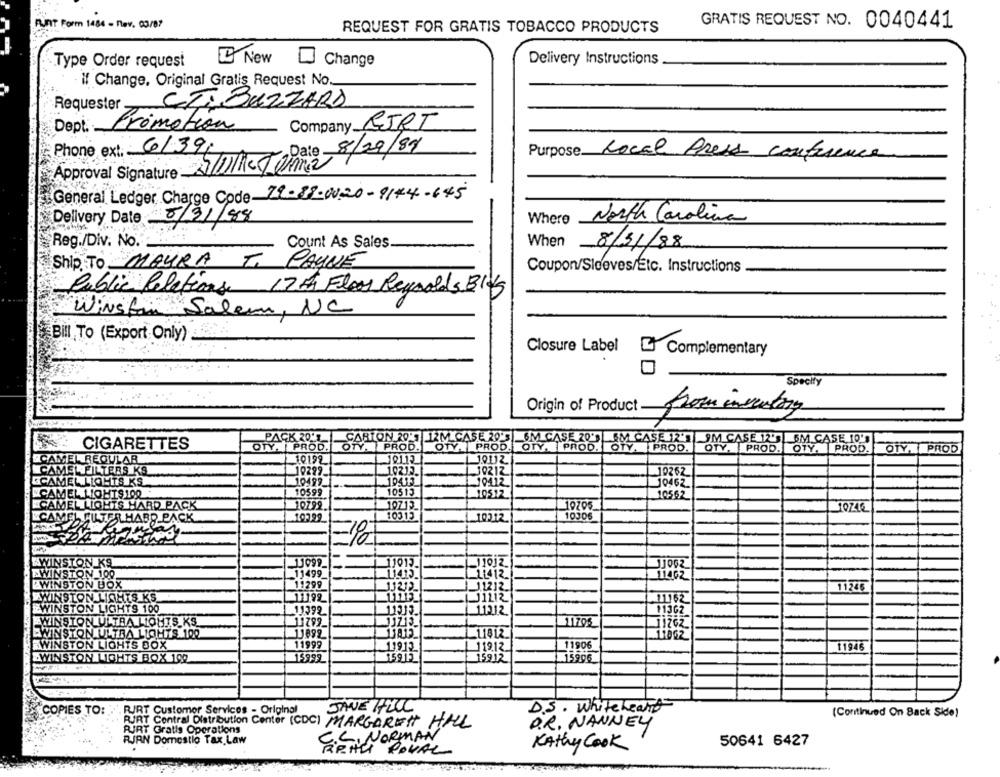
FURT Form 1484 - Rev. 03/87
GRATIS REQUEST NO. 0040441
REQUEST FOR GRATIS TOBACCO PRODUCTS
Type Order request
New
Change
Delivery Instructions
If Change, Original Gratis Request No.
Requester CTIBUZZARD
Company BIRT
Dept. Primation
Phone ext. 6/39
Date 8/29/89
Purpose Local Press conference
Approval Signature S/DK Tonne
General Ledger Charge Code 71-88-0020-9174-645
Delivery Date 5/31/88
Where North Carolina
Reg./Div. No.
Count As Sales
When 8/31/88
Ship To MAYRA T. PAYNE
Coupon/Sleeves/Etc. Instructions
Public Relations 17 th Floor Reynolds BIJ
Winston Salem, NC
Bill To (Export Only)
Closure Label L Complementary
Specity
Origin of Product .
PACK 2017
CARTON 207 2M CASE 205 6M CASE 20'S SM CASE 12'1 JM CASE 12'5 6M CASE.10'
CIGARETTES
OTY. | PROD.
OTY. PROD.
OTY. PROD. OTY. PROD. OTY. PROD.
OTY. PROD.
OTY. PROD.
OTY. PROD
CAMEL REGULAR
10192
19.112
CAMEL FILTERS KS
19299
10212.
30212
10262
GCAMEL LIGHTS KS
10499_
19413
10412
J0462.
CAMEL LIQHIS100
10599
10513
10512
10562
CAMEL LIGHTS HARD PACK
10799.
10713
10705
10ZIE
CAMEL FILTER HABR PACK
10299
10313
1 10312
10306
Regula
00
WINSTON KS
11099_
11013.
EWINSTON 100
.11499_
11412.
11462
WINSTON BOX
11299
13212_
11212.
11246
WINSTON LICHTS KS
11192
11113_
WINSTON LIGHTS 100
11392
11212
1130Z
WINSTON ULTRA LIGHTS KS
11799
11713_
111795
WINSTON ULTRA LICHTS 100
11892
11813
11812
11962
WINSTON LIGHTS BOX
11999
11906
11912
1 119.12_
11946
WINSTON LIGHTS BOX 199
15999
15913
15912
15996
D.S . White heard
COPIES TO:
' RIRT Customer Services - Original
JANE HILL
(Continued On Back Side)
RIRT Gratis Operations
RURT Central Distribution Center (CDC) MARGARET HALL
D.R. NANNEY
C.L. NORMAN
RIAN Domostlo Tax Law
Kathy Cook
50641 6427
RRHH POVAL